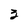
Character: 3